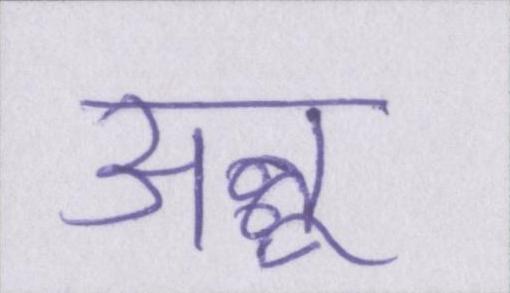
अन्नू